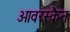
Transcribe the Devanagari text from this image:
ओवरस्कैन